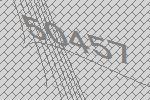
50457